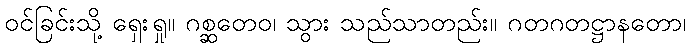
ဝင်ခြင်းသို့ ရှေးရှု။ ဂစ္ဆတေဝ၊ သွား သည်သာတည်း။ ဂတဂတဋ္ဌာနတော၊